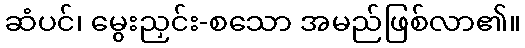
ဆံပင်၊ မွေးညှင်း-စသော အမည်ဖြစ်လာ၏။